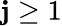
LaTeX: \mathbf{j}\ge1